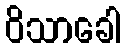
ဝိသာခေါ